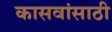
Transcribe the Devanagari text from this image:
कासवांसाठी